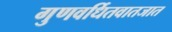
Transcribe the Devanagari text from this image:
गुणवर्धितवातजात